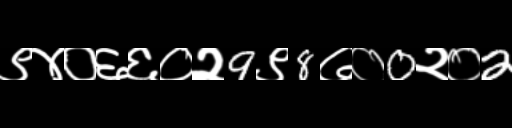
Text: ९४०६६०२9९8७०0२०2